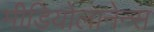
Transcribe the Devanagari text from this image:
मीडियोलानेन्स